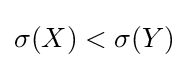
\sigma (X)<\sigma (Y)